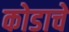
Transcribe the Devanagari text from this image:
कोडाचे